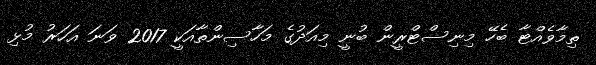
ތިމާވެއްޓާ ބެހޭ މިނިސްޓްރީން ބުނީ މިއަދުގެ މަހާސިންތާއަކީ 2017 ވަނަ އަހަރު މުޅި